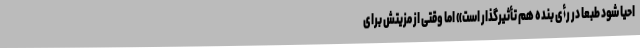
احیا شود طبعاً در رأی بنده هم تأثیرگذار است» اما وقتی از مزیتش برای